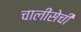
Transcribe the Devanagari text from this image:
चालीसेची